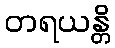
တရယန္တိ